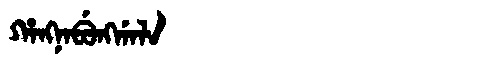
Manchu: ᡥᠠᠩᠨᠠᠪᡠᠩᡤᠠᠯᠠ
Romanization: HANGNABUNGGALA